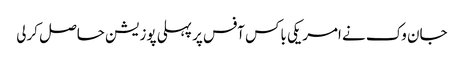
جان وک نے امریکی باکس آفس پر پہلی پوزیشن حاصل کرلی